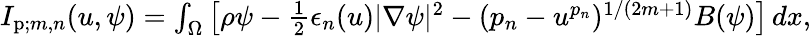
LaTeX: \begin{array}{r}{I_{\mathrm{p};m,n}(u,\psi)=\int_{\Omega}\left[\rho\psi-\frac{1}{2}\epsilon_{n}(u)|\nabla\psi|^{2}-({p_{n}}-u^{p_{n}})^{1/(2m+1)}B(\psi)\right]\, dx,}\end{array}